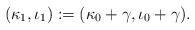
LaTeX: \begin{align*}(\kappa_{ 1}, \iota_{ 1}):= (\kappa_{ 0}+ \gamma, \iota_{ 0} + \gamma).\end{align*}